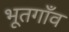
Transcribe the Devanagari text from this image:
भूतगाँव